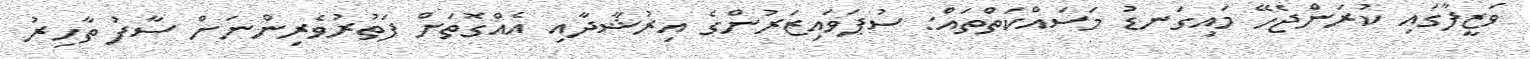
ވަޒީފާގައި ކުރަންޖެހޭ މައިގަނޑު މަސައްކަތްތައް: ސުޕަވައިޒަރުންގެ އިރުޝާދާއި އެއްގޮތަށް ފަތުރުވެރިންނަށް ސާފު ތާހިރު